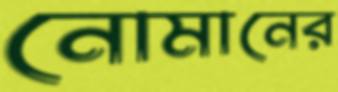
নোমানের